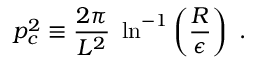
p _ { c } ^ { 2 } \equiv { \frac { 2 \pi } { L ^ { 2 } } } ~ \ln ^ { - 1 } \left( \frac { R } { \epsilon } \right) ~ .